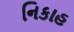
નિકાહ